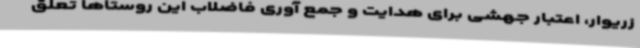
زریوار، اعتبار جهشی برای هدایت و جمع آوری فاضلاب این روستاها تعلق